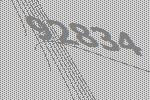
92834